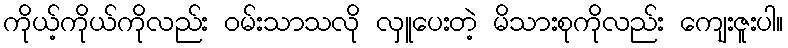
ကိုယ့်ကိုယ်ကိုလည်း ဝမ်းသာသလို လှူပေးတဲ့ မိသားစုကိုလည်း ကျေးဇူးပါ။